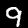
Digit: 9